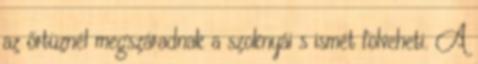
az őrtüznél megszáradnak a szoknyái s ismét fölveheti. A